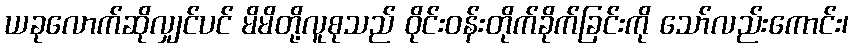
ယခုလောက်ဆိုလျှင်ပင် မိမိတို့လူစုသည် ဝိုင်းဝန်းတိုက်ခိုက်ခြင်းကို သော်လည်းကောင်း၊